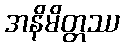
အနိမိတ္တဿ